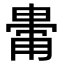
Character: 𤲥